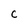
Character: C